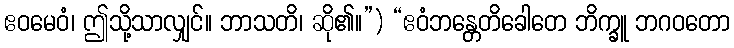
ဧဝမေဝံ၊ ဤသို့သာလျှင်။ ဘာသတိ၊ ဆို၏။”) “ဧဝံဘန္တေတိခေါတေ ဘိက္ခူ ဘဂဝတော